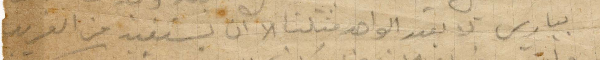
بباريس لا يقدر الواحد مثلنا الا ان يستفيد من الغريب